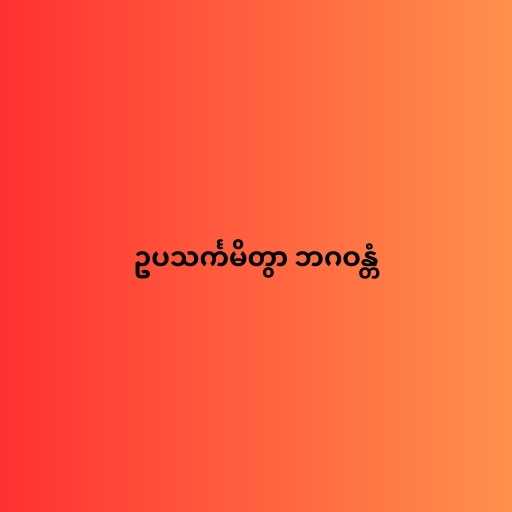
ဥပသင်္ကမိတွာ ဘဂဝန္တံ